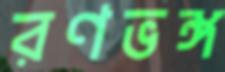
রণভঙ্গ